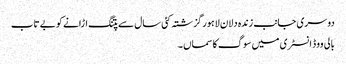
دوسری جانب زندہ دلان لاہور گزشتہ کئی سال سے پتنگ اڑانے کو بے تاب
بالی ووڈ انسٹری میں سوگ کا سماں ۔